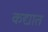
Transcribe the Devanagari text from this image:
कद्यात